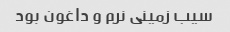
سیب زمینی نرم و داغون بود